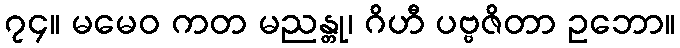
၇၄။ မမေဝ ကတ မညန္တု၊ ဂိဟီ ပဗ္ဗဇိတာ ဥဘော။